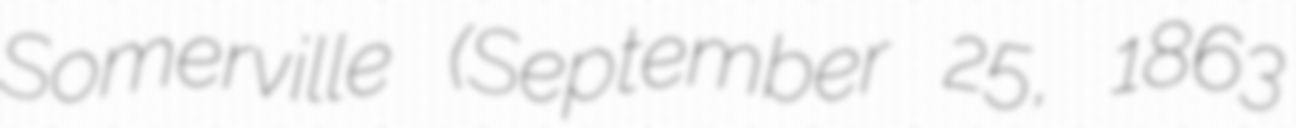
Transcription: Somerville (September 25, 1863